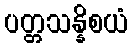
ပတ္တသန္နိစယံ